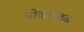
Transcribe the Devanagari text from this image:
नोवल्लकळ